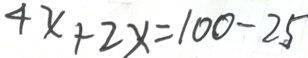
4 x + 2 x = 1 0 0 - 2 5